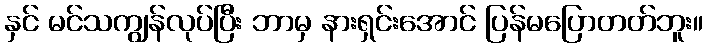
နှင် မင်သကျွန်လုပ်ပြီး ဘာမှ နားရှင်းအောင် ပြန်မပြောတတ်ဘူး။